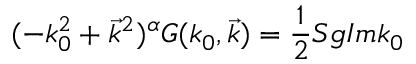
( - k _ { 0 } ^ { 2 } + \vec { k } ^ { 2 } ) ^ { \alpha } G ( k _ { 0 } , \vec { k } ) = \frac { 1 } { 2 } S g I m k _ { 0 }